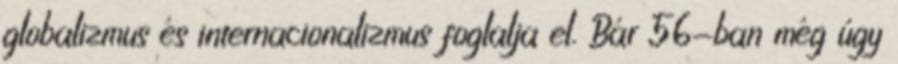
globalizmus és internacionalizmus foglalja el. Bár 56-ban még úgy